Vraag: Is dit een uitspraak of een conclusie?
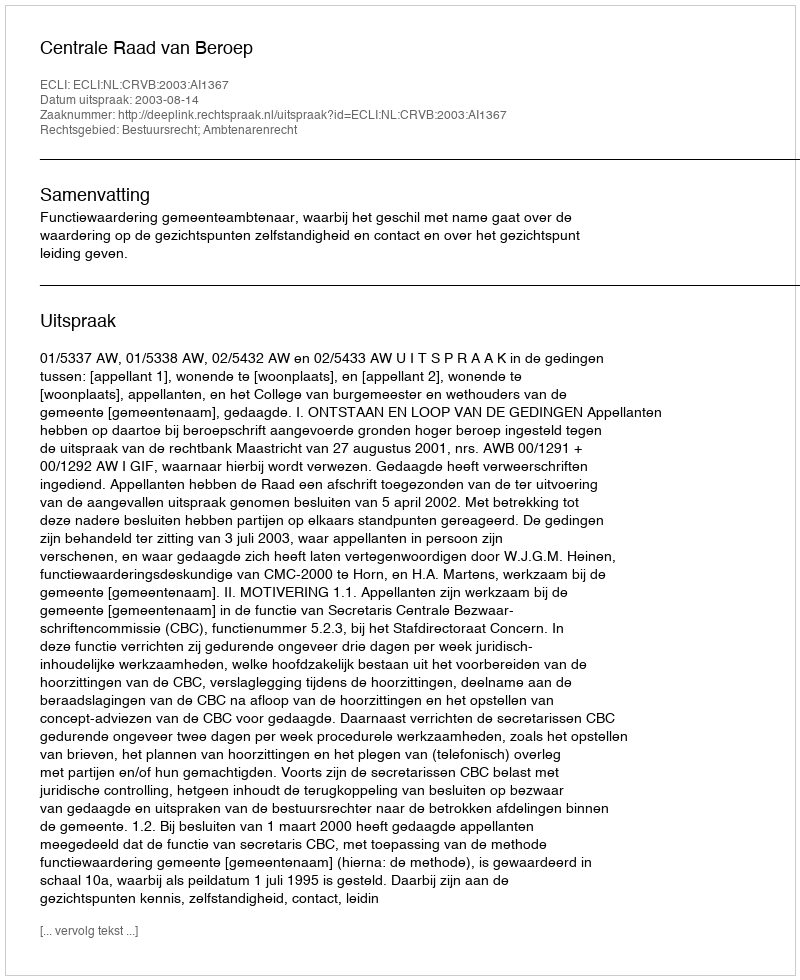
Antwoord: Uitspraak